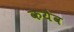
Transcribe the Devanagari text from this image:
कयेव